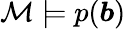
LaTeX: {\mathcal{M}}\models p({\boldsymbol{b}})